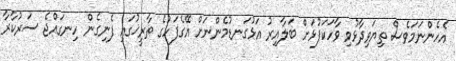
އެހެންނަމަވެސް ތިޔަވިދާޅުވި ވާހަކަފުޅަށް ބަލާއިރު އަޅުގަނޑުމެންނަށް އޭގެފަހުގެ ތާރީޚުގައި ފެނިގެން ހިނގައްޖެ ސަރުކާރާ